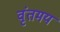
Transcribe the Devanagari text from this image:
वृंतमय